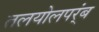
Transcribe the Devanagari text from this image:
तलयोलपर्ंब